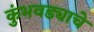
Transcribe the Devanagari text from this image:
कुंभवड्याचे